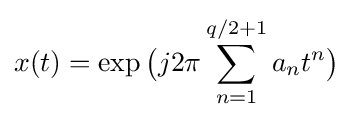
x(t)=\exp {\bigl (}j2\pi \sum _{n=1}^{q/2+1}a_{n}t^{n}{\bigr )}